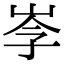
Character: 𡥏